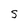
Character: s